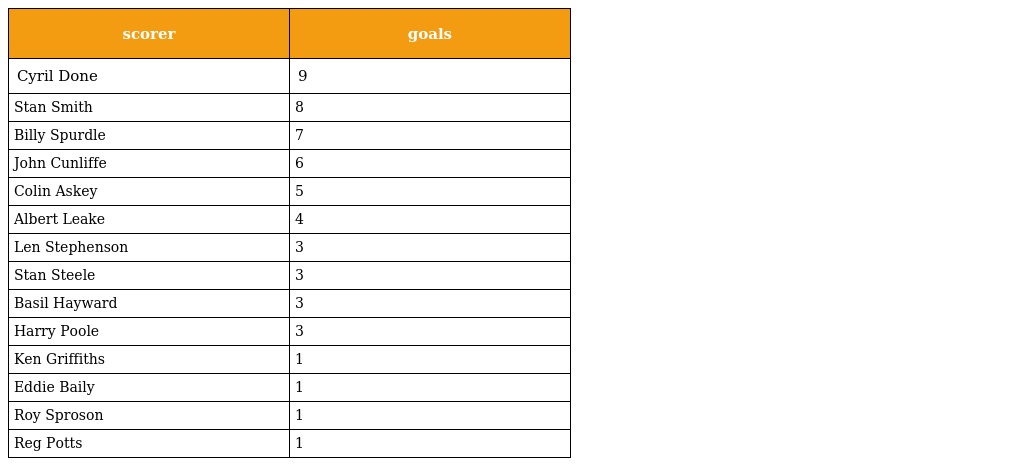
| scorer | goals |
 | --- | --- |
 | Cyril Done | 9 |
 | Stan Smith | 8 |
 | Billy Spurdle | 7 |
 | John Cunliffe | 6 |
 | Colin Askey | 5 |
 | Albert Leake | 4 |
 | Len Stephenson | 3 |
 | Stan Steele | 3 |
 | Basil Hayward | 3 |
 | Harry Poole | 3 |
 | Ken Griffiths | 1 |
 | Eddie Baily | 1 |
 | Roy Sproson | 1 |
 | Reg Potts | 1 |